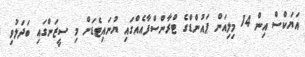
އަޔަކްސް އިން 14 މިލިއަން ޕައުންޑްގެ ޓްރާންސްފާއެއްގައި ޔުނައިޓެޑަށް މި ސީޒަންގައި ބަދަލުވި